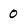
Character: O